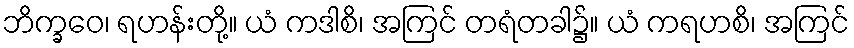
ဘိက္ခဝေ၊ ရဟန်းတို့။ ယံ ကဒါစိ၊ အကြင် တရံတခါ၌။ ယံ ကရဟစိ၊ အကြင်